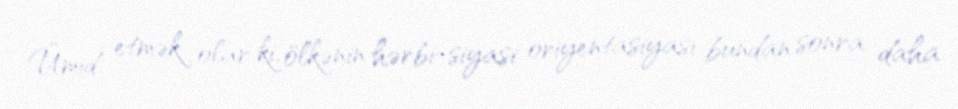
Ümid etmək olar ki, ölkənin hərbi-siyasi oriyentasiyası bundan sonra daha